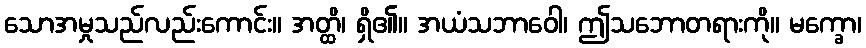
သောအမှုသည်လည်းကောင်း။ အတ္ထိ၊ ရှိ၏။ အယံသဘာဝေါ၊ ဤသဘောတရားကို။ မက္ခော၊